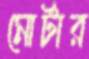
মোর্টার